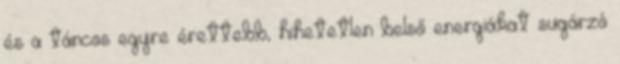
és a táncos egyre érettebb, hihetetlen belső energiákat sugárzó